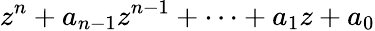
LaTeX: z^{n}+a_{n-1}z^{n-1}+\cdots+a_{1}z+a_{0}